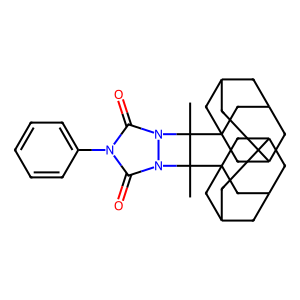
SMILES: CC1(C23CC4CC(CC(C4)C2)C3)n2c(=O)n(-c3ccccc3)c(=O)n2C1(C)C12CC3CC(CC(C3)C1)C2
Inhibits HIV replication: No